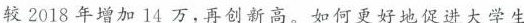
较2018年增加14万，再创新高。如何更好地促进大学生